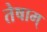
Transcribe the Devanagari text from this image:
तेषाम्